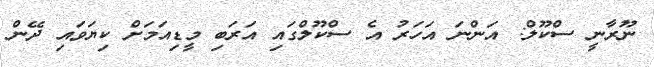
ނޫރާނީ ސްކޫލް: އަންނަ އަހަރު އެ ސްކޫލްގައި އަރަބި މީޑިއަމަށް ކިޔަވައި ދޭން